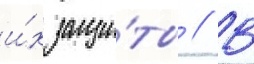
и́х защи́ты // В